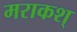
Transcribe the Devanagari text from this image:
मराकश्